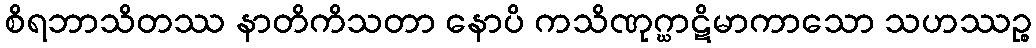
စိရဘာသိတဿ နာတိကိသတာ နောပိ ကသိဏုဂ္ဃာဋိမာကာသော သဟဿဉ္စ